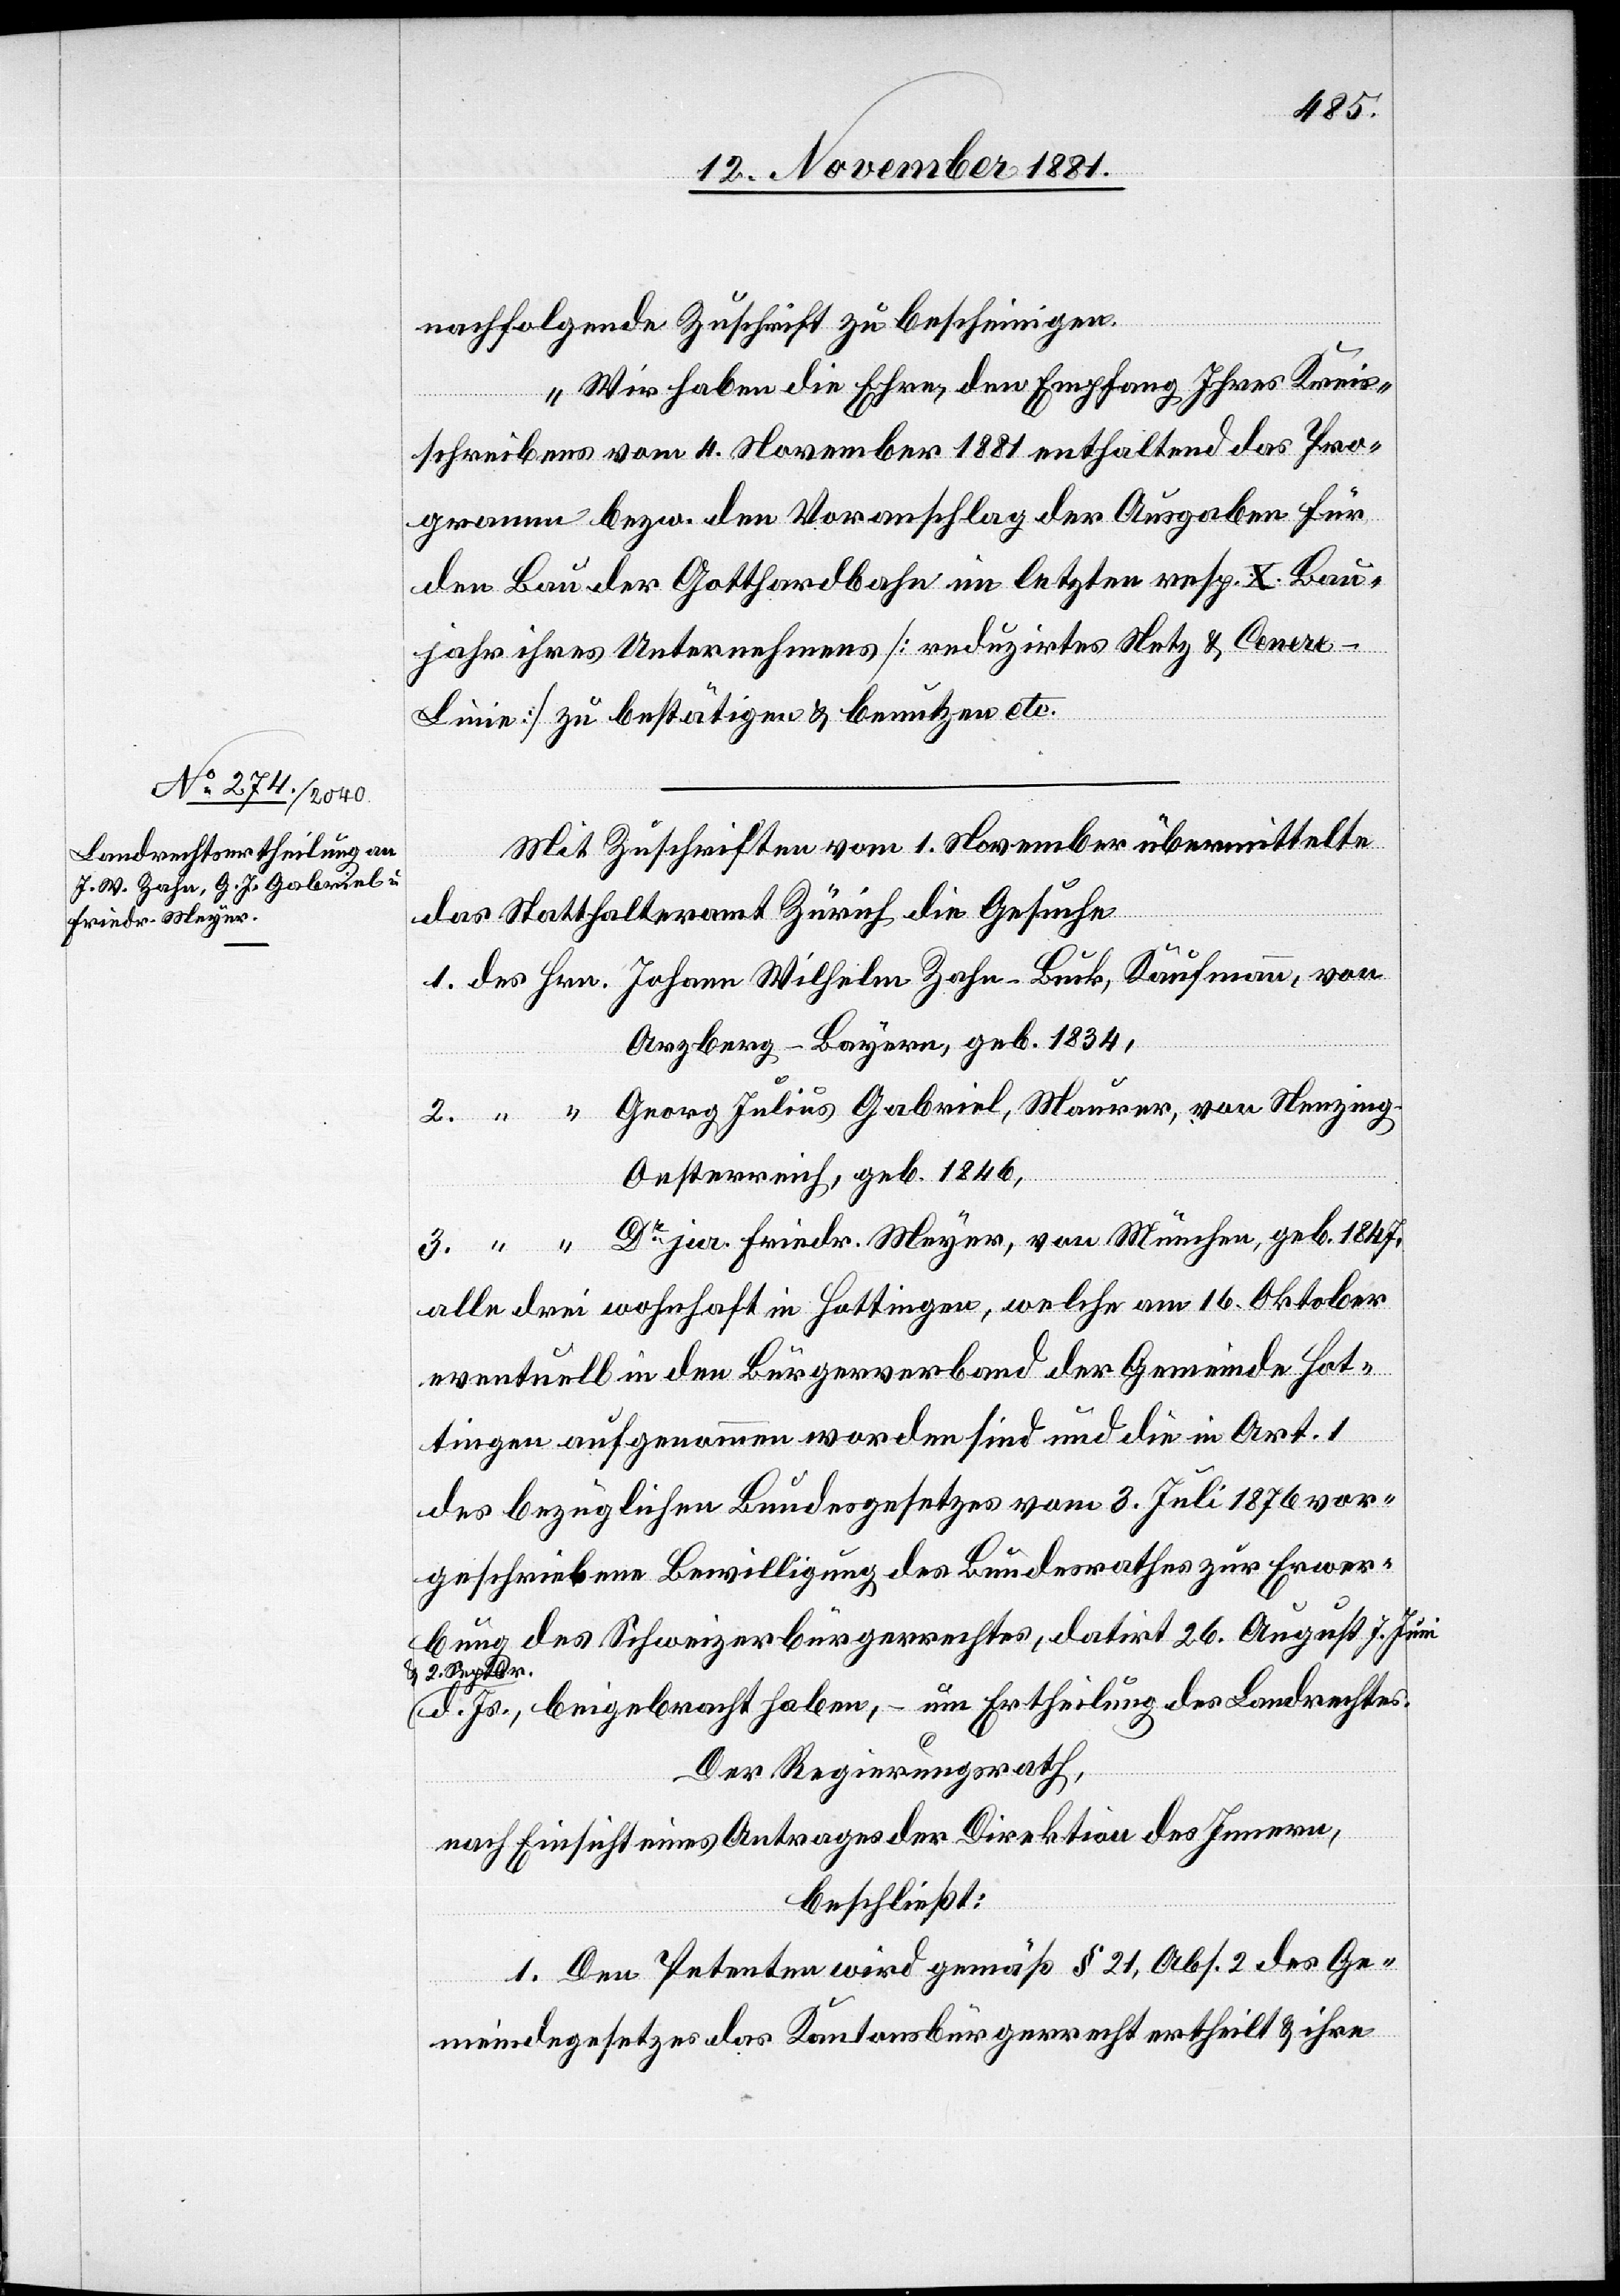
nachfolgende Zuschrift zu bescheinigen.
„Wir haben die Ehre, den Empfang Ihres Kreis¬
schreibens vom 4. November 1881 enthaltend das Pro¬
gramm bezw. den Voranschlag der Ausgaben für
den Bau der Gotthardbahn im letzten resp. X. Bau¬
jahr ihres Unternehmens [reduzirtes Netz & Cener¬
e-Linie] zu bestätigen & benutzen etc.“
Mit Zuschrift vom 1. November übermittelte
das Statthalteramt Zürich die Gesuche
1. des Hrn. Johann Wilhelm Zahn-Buck, Kaufmann, von
Arzberg - Bayern, geb. 1834,
2. “ “ Georg Julius Gabriel, Maurer, von Nenzing
Oesterreich, geb. 1846,
3. “ “ Dr jur. Friedr. Meyer, von München, geb. 1847,
alle drei wohnhaft in Hottingen, welche am 16. Oktober
eventuell in den Bürgerverband der Gemeinde Hot¬
tingen aufgenommen worden sind und die in Art. 1
des bezüglichen Bundesgesetzes vom 3. Juli 1876 vor¬
geschriebene Bewilligung des Bundesrathes zur Erwer¬
bung des Schweizerbürgerrechtes, datirt 26. August[,] 7. Juni
& 2. Septbr.
d. Js., beigebracht haben, – um Ertheilung des Landrechtes.
Der Regierungsrath,
nach Einsicht eines Antrages der Direktion des Innern,
beschließt:
1. Den Petenten wird gemäß § 21, Abs. 2 des Ge¬
meindegesetzes das Kantonsbürgerrecht ertheilt & ihre